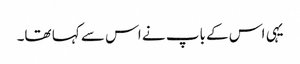
یہی اس کے باپ نے اس سے کہا تھا۔